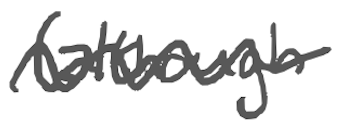
Text: (although
Cross-out: wave
Writing tool: digital_gray